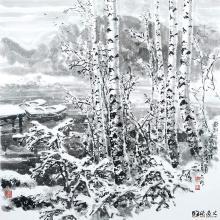
日夕北风紧，寒林噤暮鸦。